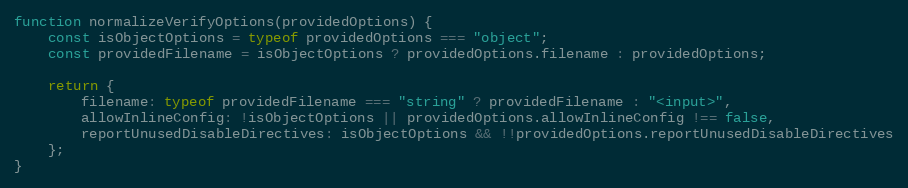
Language: JavaScript
function normalizeVerifyOptions(providedOptions) {
    const isObjectOptions = typeof providedOptions === "object";
    const providedFilename = isObjectOptions ? providedOptions.filename : providedOptions;

    return {
        filename: typeof providedFilename === "string" ? providedFilename : "<input>",
        allowInlineConfig: !isObjectOptions || providedOptions.allowInlineConfig !== false,
        reportUnusedDisableDirectives: isObjectOptions && !!providedOptions.reportUnusedDisableDirectives
    };
}